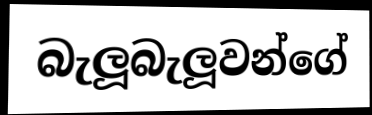
බැලූබැලූවන්ගේ